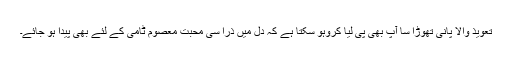
تعویذ والا پانی تھوڑا سا آپ بھی پی لیا کروہو سکتا ہے کہ دل میں ذرا سی محبت معصوم ٹامی کے لئے بھی پیدا ہو جائے۔